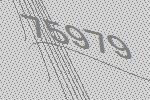
75979